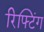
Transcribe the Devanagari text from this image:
रिफ्टिंग